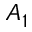
A _ { 1 }